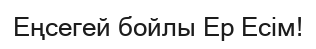
Еңсегей бойлы Ер Есім!